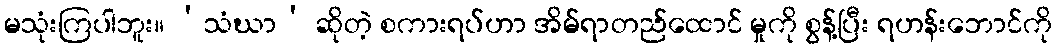
မသုံးကြပါဘူး။ ‘သံဃာ’ ဆိုတဲ့ စကားရပ်ဟာ အိမ်ရာတည်ထောင် မှုကို စွန့်ပြီး ရဟန်းဘောင်ကို